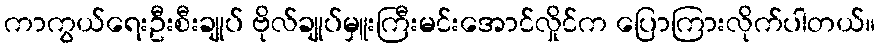
ကာကွယ်ရေးဦးစီးချုပ် ဗိုလ်ချုပ်မှူးကြီးမင်းအောင်လှိုင်က ပြောကြားလိုက်ပါတယ်။